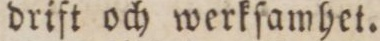
drift och werkſamhet.